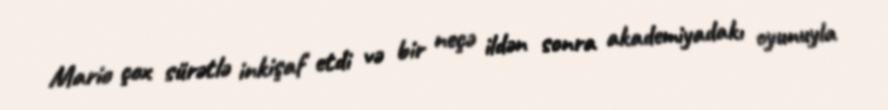
Mario çox sürətlə inkişaf etdi və bir neçə ildən sonra akademiyadakı oyunuyla